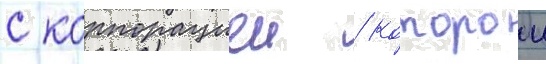
с корпорациеи / которои